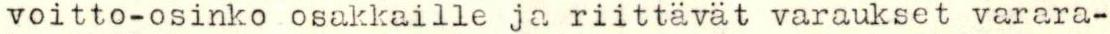
voitto-osinko osakkaille ja riittävät varaukset varara-